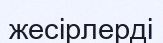
жесірлерді